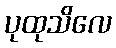
ပုထုသိလေ